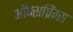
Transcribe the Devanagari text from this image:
ऑफ्सप्रिंग्स